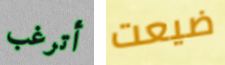
أترغب ضيعت